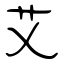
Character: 艾